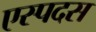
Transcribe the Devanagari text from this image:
एस्पदस